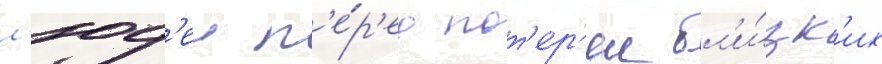
л'юд'еи п'е́р'ед пот'ер'еи бл'и́зк'их